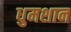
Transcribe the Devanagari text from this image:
धुमशान